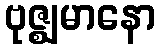
ဗုဇ္ဈမာနော